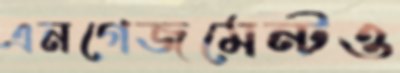
এনগেজমেন্টও